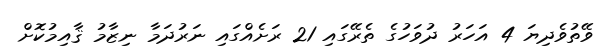
ވޭތުވެދިޔަ 4 އަހަރު ދުވަހުގެ ތެރޭގައި 21 ރަށެއްގައި ނަރުދަމާ ނިޒާމު ޤާއިމުކޮށް